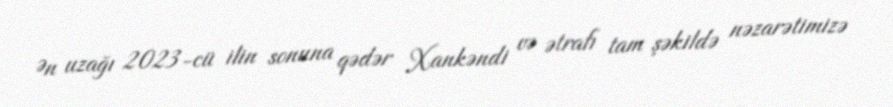
Ən uzağı 2023-cü ilin sonuna qədər Xankəndi və ətrafı tam şəkildə nəzarətimizə